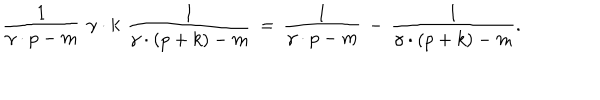
LaTeX: \frac { 1 } { \gamma \cdot p - m } \, \, \gamma \cdot k \, \, \frac { 1 } { \gamma \cdot ( p + k ) - m } \, = \, \frac { 1 } { \gamma \cdot p - m } \, - \, \frac { 1 } { \gamma \cdot ( p + k ) - m } .